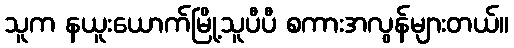
သူက နယူးယောက်မြို့သူပီပီ စကားအလွန်များတယ်။